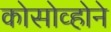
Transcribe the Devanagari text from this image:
कोसोव्होने